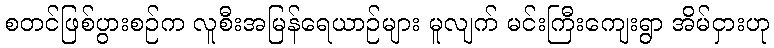
စတင်ဖြစ်ပွားစဉ်က လူစီးအမြန်ရေယာဉ်များ မူလျက် မင်းကြီးကျေးရွာ အိမ်ငှားဟု